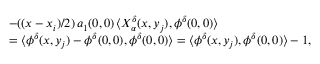
\begin{array} { r l } & { - ( ( x - x _ { i } ) / 2 ) \, a _ { 1 } ( 0 , 0 ) \, \langle X _ { \alpha } ^ { \delta } ( x , y _ { j } ) , \phi ^ { \delta } ( 0 , 0 ) \rangle } \\ & { = \langle \phi ^ { \delta } ( x , y _ { j } ) - \phi ^ { \delta } ( 0 , 0 ) , \phi ^ { \delta } ( 0 , 0 ) \rangle = \langle \phi ^ { \delta } ( x , y _ { j } ) , \phi ^ { \delta } ( 0 , 0 ) \rangle - 1 , } \end{array}